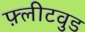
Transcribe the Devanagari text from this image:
फ़्लीटवुड